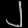
Digit: ၂